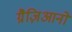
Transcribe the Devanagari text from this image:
ग्रैज़िआनो